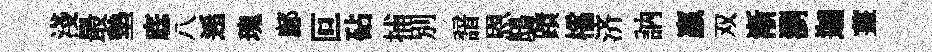
淺最墊底八𨓱瑰鄜叵砧捕別諳恩鴟蹟櫺济訥贏双漸瀏迦薑